Document type: Sale
Year: 1430
Scribe: [Unknown]
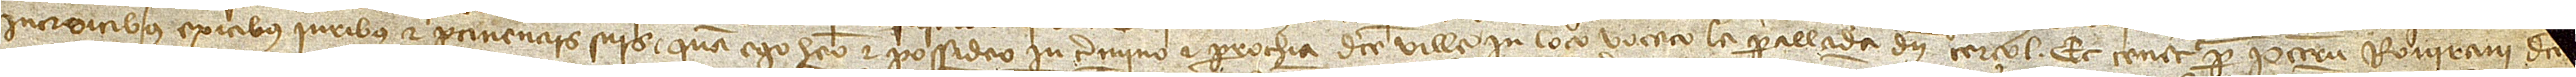
introitibus, exitibus, iuribus et pertinenciis suis, quam ego habeo et possideo in termino et parrochia dicte ville, in loco vocato la Parellada d’en Cerçol, et tenetur per Petrum Rovirani, dicte [ville],